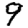
Digit: 9